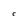
Character: C